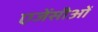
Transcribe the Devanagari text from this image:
एजेंसीओं